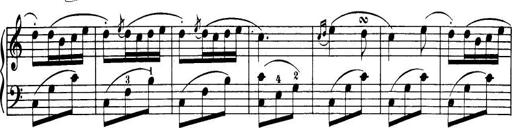
Title: 32 Sonatinas and Rondos for the Piano
Composer: Richard Kleinmichel